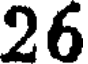
26